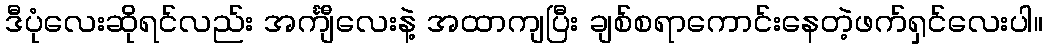
ဒီပုံလေးဆိုရင်လည်း အင်္ကျီလေးနဲ့ အထာကျပြီး ချစ်စရာကောင်းနေတဲ့ဖက်ရှင်လေးပါ။